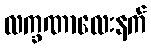
လက္ခဏာလေးနက်